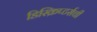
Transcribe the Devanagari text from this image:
डिस्क्रिप्टर्सची